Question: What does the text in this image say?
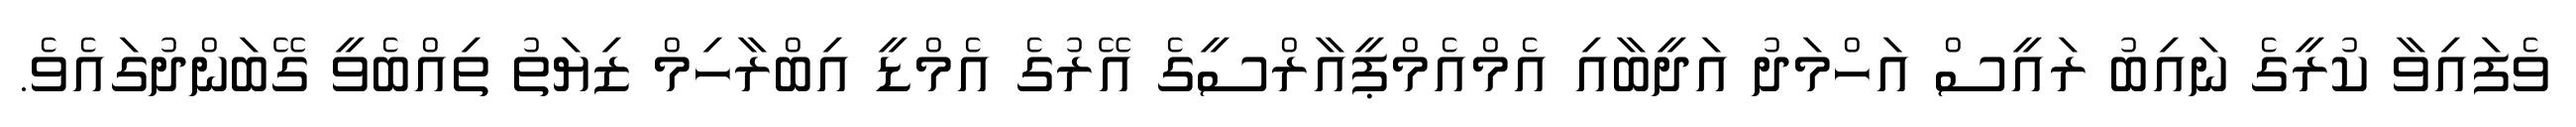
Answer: ވެފައިވާ ކުރީގެ ނައިބު ރައީސް އަހްމަދު އަދީބާއި އެމްއެމްޕީއާރްސީގެ އޭރުގެ އެމްޑީ އިބްރާހިމް ޒިޔަތު ތިއްބެވީ ގޭބަންދުގައެވެ.